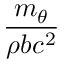
\frac { m _ { \theta } } { \rho b c ^ { 2 } }